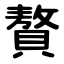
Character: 贅